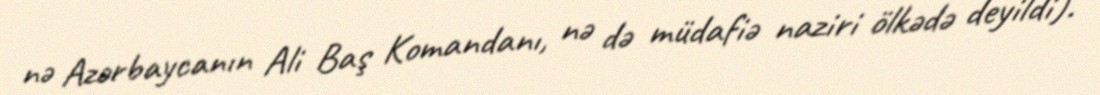
nə Azərbaycanın Ali Baş Komandanı, nə də müdafiə naziri ölkədə deyildi).